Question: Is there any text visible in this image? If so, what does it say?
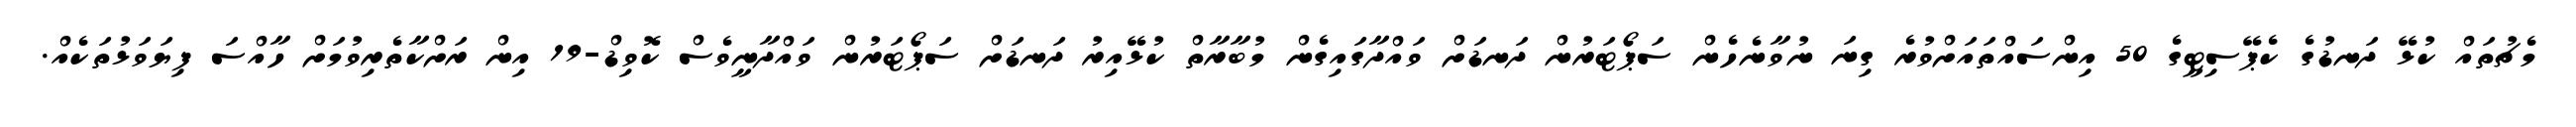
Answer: މެޗުތައް ކުޅޭ ދަނޑުގެ ކެޕޭސިޓީގެ 50 އިންސައްތައަށްވުރެ ގިނަ ނުވާނެހެން ސަޕޯޓަރުން ދަނޑަށް ވައްދާގައިގެން މުބާރާތް ކުޅޭއިރު ދަނޑަށް ސަޕޯޓަރުން ވައްދާނީވެސް ކޮވިޑް-19 އިން ރަށްކާތެރިވުމަށް ހާއްސަ ފިޔަވަޅުތަކެއް.